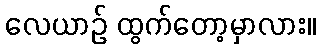
လေယာဉ် ထွက်တော့မှာလား။